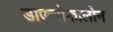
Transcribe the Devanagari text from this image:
डाएन्सेफालोन